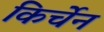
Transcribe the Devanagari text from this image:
किर्चेन